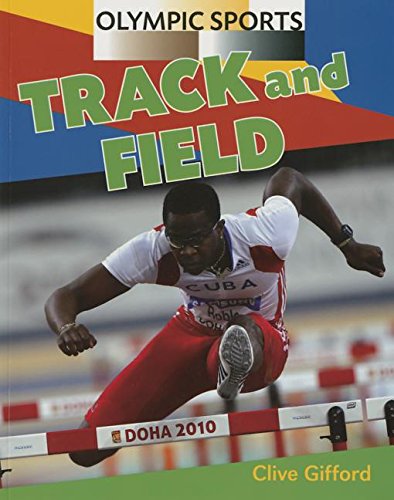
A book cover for Track and Field (Olympic Sports (Saunders)); Clive Gifford; Children's Books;